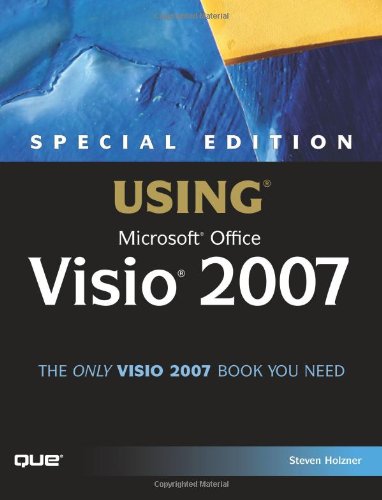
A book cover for Special Edition Using Microsoft  Office Visio 2007; Steven Holzner; Computers & Technology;